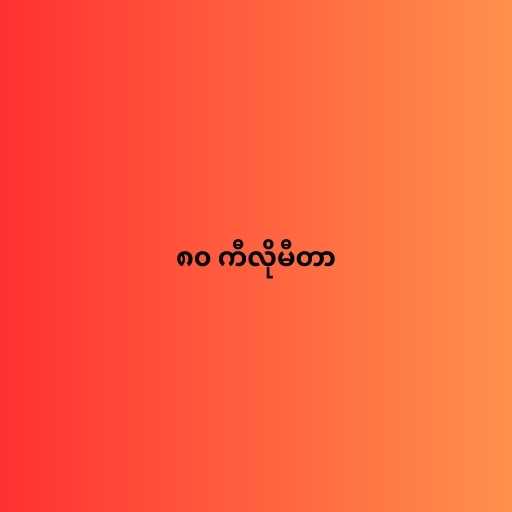
၈၀ ကီလိုမီတာ